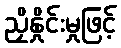
ညှိနှိုင်းမှုဖြင့်